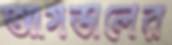
আগডালের